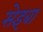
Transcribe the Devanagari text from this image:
सेइबा